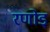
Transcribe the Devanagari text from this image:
रणोड्